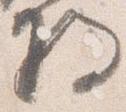
将